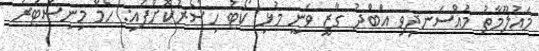
މައުލޫމާތު މުއްސަނދިވި އަބްދު ގާޒީ ވަނީ މުޅި ކޯޓު ހިސޯރުކޮށްފައި: ހޯމް މިނިސްޓަރު